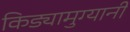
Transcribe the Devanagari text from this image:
किड्यामुग्यानी